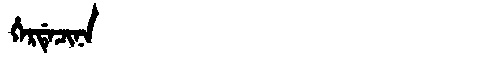
Manchu: ᡥᡝᡵᡩᡝᠴᡳᠨᠠ
Romanization: HERDECINA